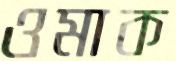
ওমাক